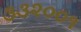
૩૩૨૦૦૧